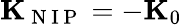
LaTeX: {\mathbf K}_{\mathrm{~N~I~P~}}=-{\mathbf K}_{0}